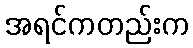
အရင်ကတည်းက